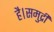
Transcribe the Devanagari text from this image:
है।समुद्री